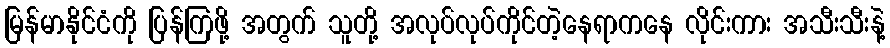
မြန်မာနိုင်ငံကို ပြန်ကြဖို့ အတွက် သူတို့ အလုပ်လုပ်ကိုင်တဲ့နေရာကနေ လိုင်းကား အသီးသီးနဲ့